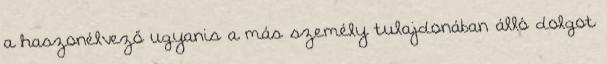
a haszonélvező ugyanis a más személy tulajdonában álló dolgot